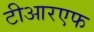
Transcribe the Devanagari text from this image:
टीआरएफ